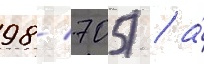
98/ 705) / а́